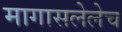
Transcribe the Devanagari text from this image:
मागासलेलेच